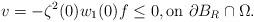
LaTeX: \begin{align*}v = - \zeta^2(0) w_1(0) f \le 0, {\rm on} \ \partial B_R \cap \Omega.\end{align*}